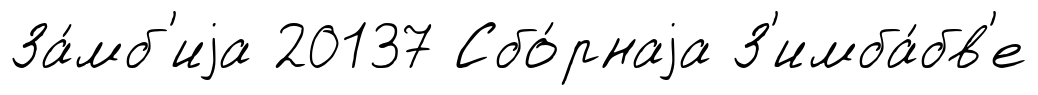
За́мб'иjа 20137 Сбо́рнаjа З'имба́бв'е